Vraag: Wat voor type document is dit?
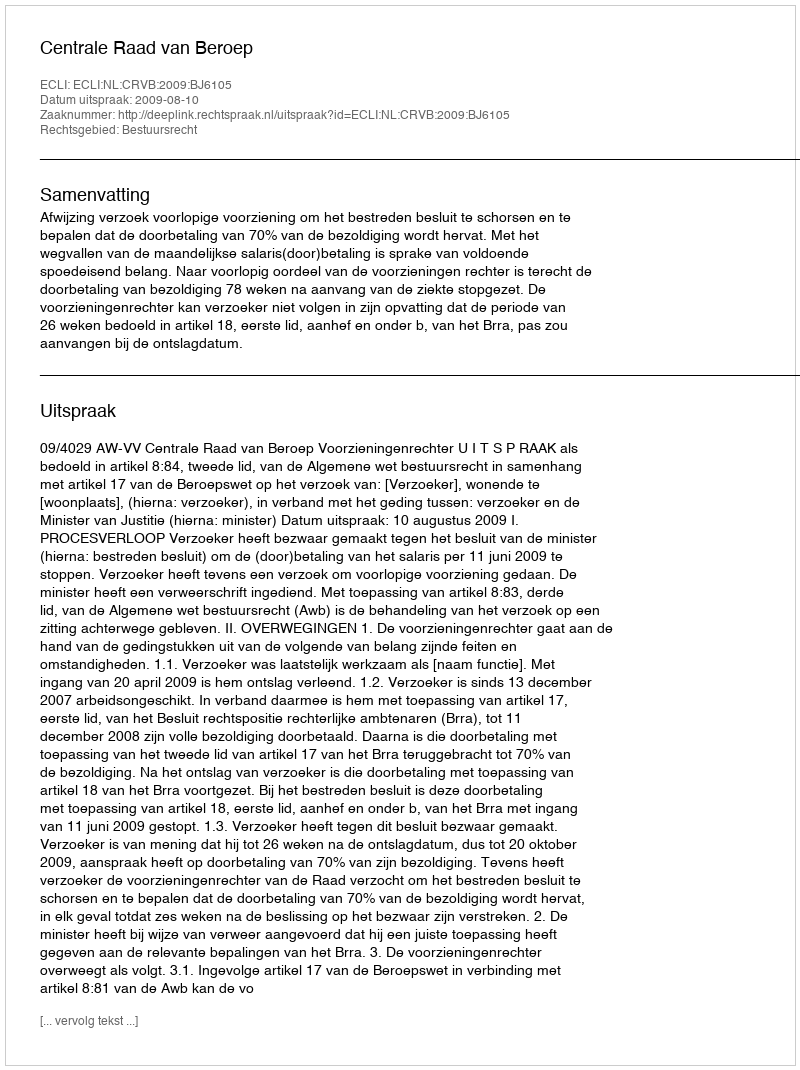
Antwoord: Uitspraak